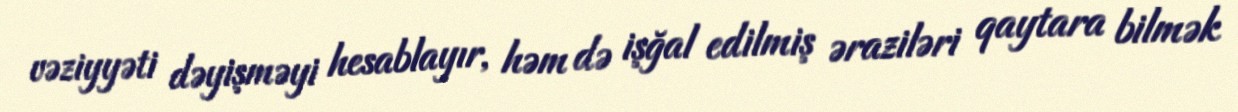
vəziyyəti dəyişməyi hesablayır, həm də işğal edilmiş əraziləri qaytara bilmək